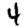
Digit: 4